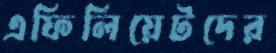
এফিলিয়েটদের